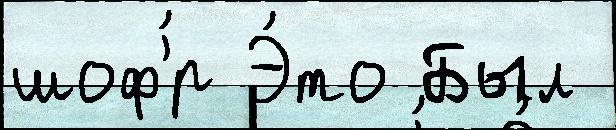
шоф'́р Э́то Был